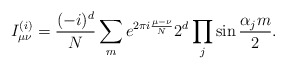
\begin{align*}I^{(i)}_{\mu\nu}={(-i)^d\over N}\sum_m{e^{2\pi i{\mu-\nu\over N}}2^d\prod\limits_j\sin{\alpha_j m\over 2}}.\end{align*}